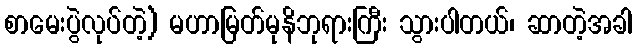
စာမေးပွဲလုပ်တဲ့) မဟာမြတ်မုနိဘုရားကြီး သွားပါတယ်၊ ဆာတဲ့အခါ